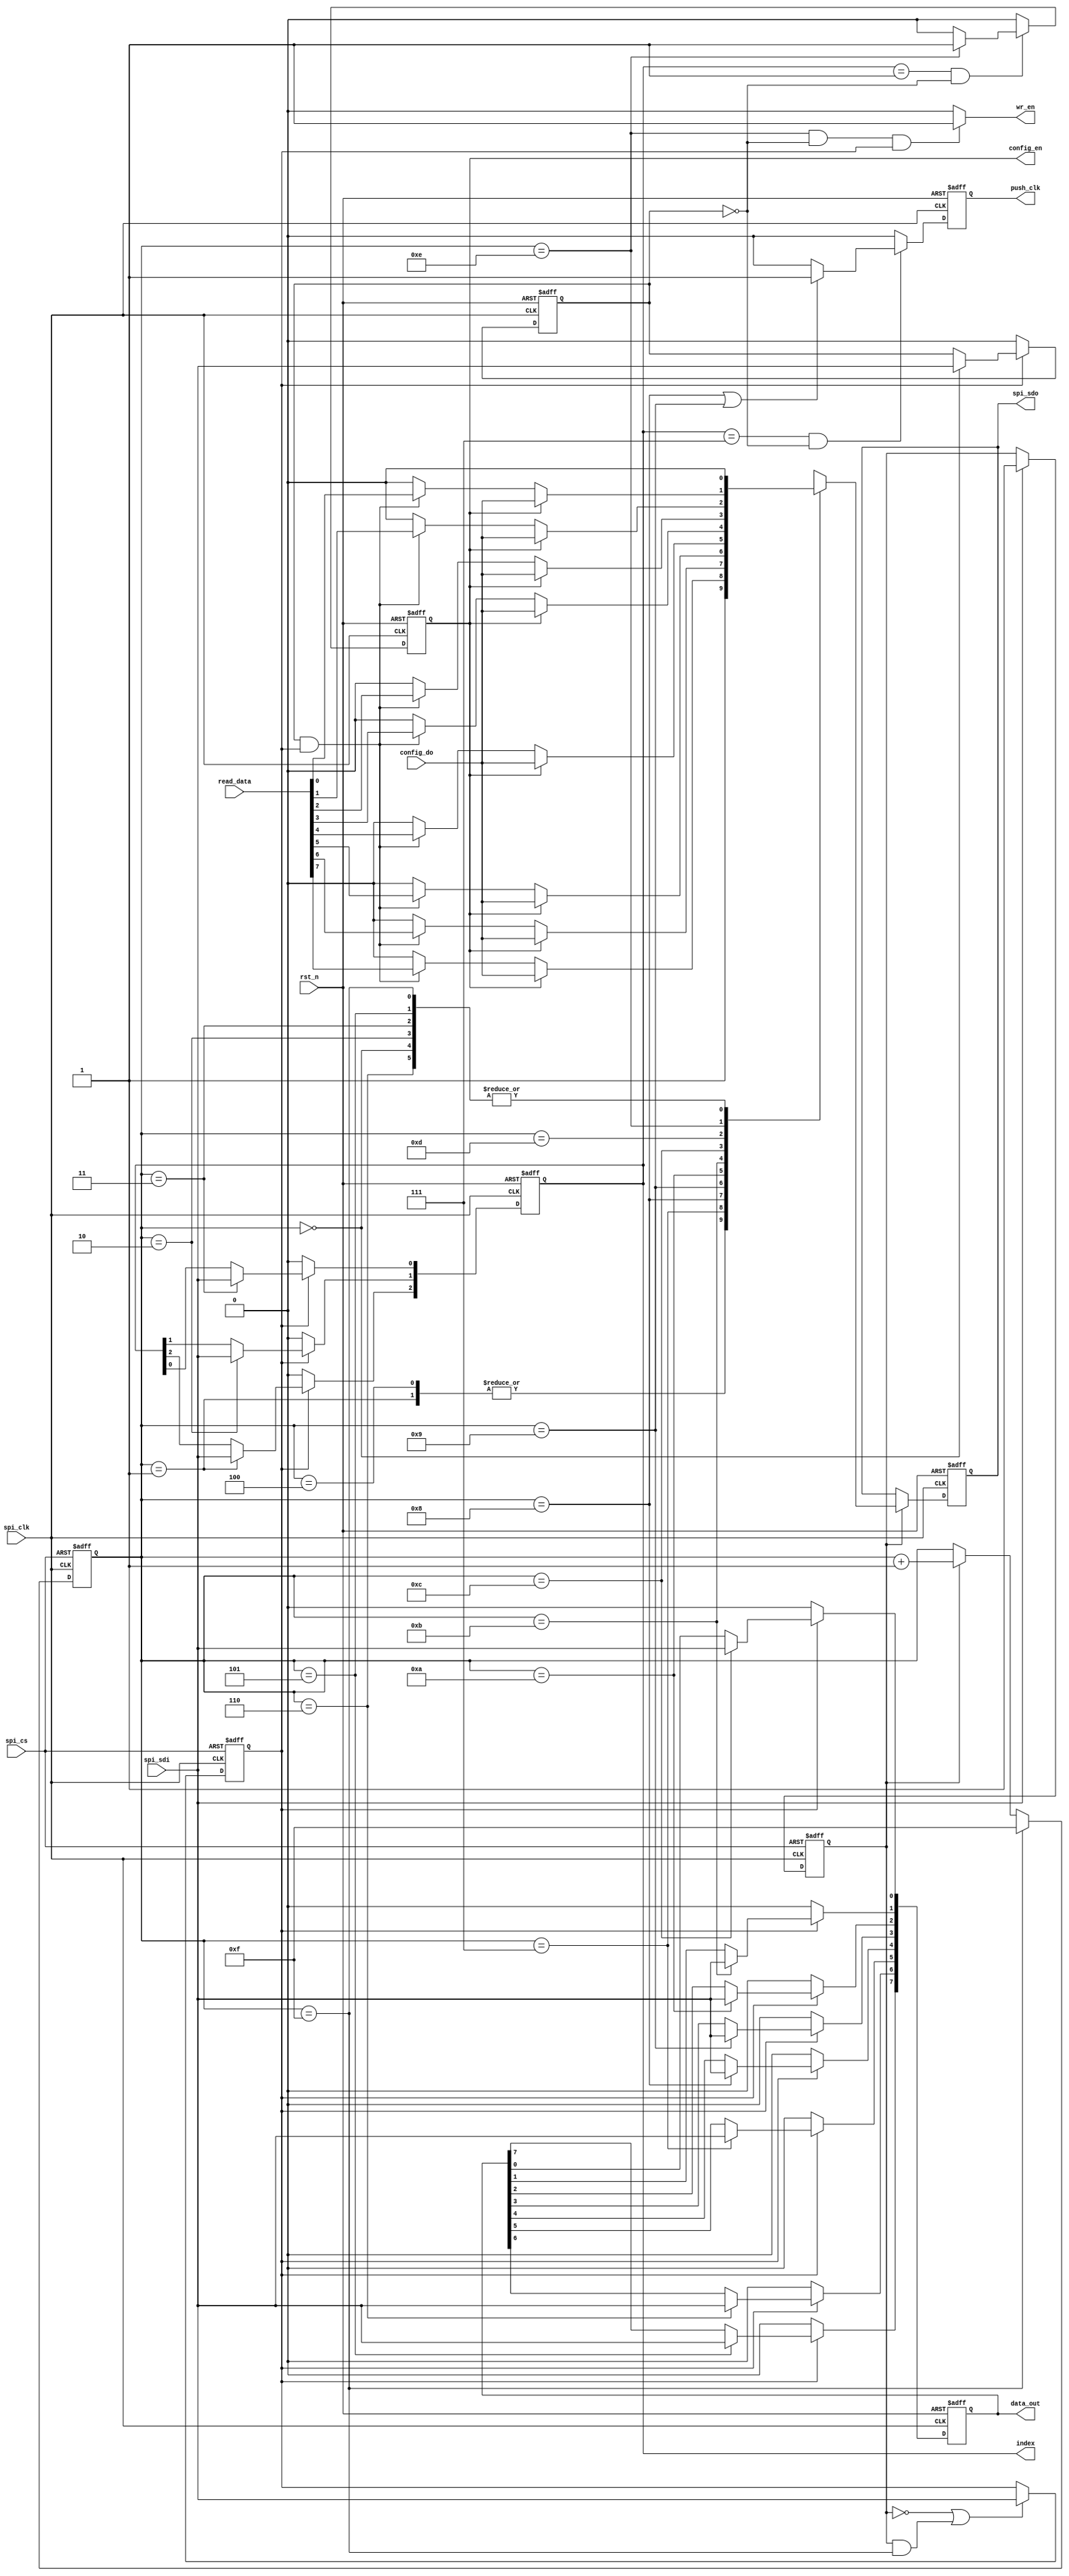
//spi
module spi_interface(
		rst_n					,
		spi_clk					,
		spi_sdi					,//spi
		spi_cs					,//spi
		read_data				,//
		config_do				,//sdo
				
		spi_sdo					,//spi
		data_out				,//
		wr_en					,//spi8
		
		index					,//
		config_en				,//001
		push_clk				//
	);

	input rst_n;
    input spi_clk;
    input spi_sdi;
	input spi_cs;
    input [7:0] read_data;
	input config_do;
	
    output spi_sdo;
    output [7:0] data_out;
    output wr_en;
    output [2:0] index;
    output config_en;
    output push_clk;
	
	//spi_fsm_counterspispi16bit4bit
	reg [3:0] spi_fsm_counter;
	reg spi_syn_valid;//spi
	reg spi_packet_valid;//spi
	reg wr_flag;//spi01
	reg [2:0] index;
	
	reg [7:0] data_out;
	reg spi_sdo;
    wire wr_en;//
    reg config_en;//0016pixel_config6bit
    reg push_clk;
///////////////config_en//////////////////
	always @(posedge spi_clk or negedge rst_n)
		begin
			if(!rst_n)
				begin
					config_en <= 1'b0;
				end
			else
				begin
					//spi_fsm_counter == 4'b1110(index == 3'b001) && (!wr_flag)001config_en
					if((index == 3'b001) && (!wr_flag))
						begin
							if(spi_fsm_counter == 4'b1110)
								begin
									config_en <= 1'b1;
								end
							else
								begin
									config_en <= 1'b0;
								end
						end
					else
						begin
							config_en <= 1'b0; 
						end
				end 
		end
	
	//111push_clk
	always @(posedge spi_clk or negedge rst_n)
		begin
			if(!rst_n)
				begin
					push_clk <= 1'b0;
				end
			else
				begin
					if((index == 3'b111) && (!wr_flag))
						begin
							if(spi_fsm_counter == 4'b1000 | spi_fsm_counter == 4'b1001)
								begin
									push_clk <= 1'b1;
								end
							else
								begin 
									push_clk <= 1'b0;
								end
						end
					else
						begin
							push_clk <= 1'b0;
						end
				end 
		end

///////////spi fsm/////////////////////////////
	//
	always @(posedge spi_clk or posedge spi_cs)
		begin
			if(spi_cs)
				begin
					spi_syn_valid <= 1'b0;
				end
			else
				begin
					if(spi_sdi)
						begin
							spi_syn_valid <= 1'b1;
						end
					else
						begin
							spi_syn_valid <= spi_syn_valid;
						end
				end 
		end

	//spi_fsm_counter
	always @(posedge spi_clk or posedge spi_cs)
		begin
			if(spi_cs)
				begin
					spi_fsm_counter <= 4'b0000;
				end
			else
				begin
					if(spi_fsm_counter == 4'b1111)
						begin
							spi_fsm_counter <= 4'b1111;
						end
					else if(spi_syn_valid)
						begin
							spi_fsm_counter <= spi_fsm_counter + 4'b0001;
						end
					else
						begin
							spi_fsm_counter <= spi_fsm_counter;
						end
				end 
		end

	//spi_packet_valid
	always @(posedge spi_clk or posedge spi_cs)
		begin
			if(spi_cs)
				begin
					spi_packet_valid <= 1'b0;
				end
			else
				begin
					if((~spi_syn_valid) | (spi_syn_valid & (spi_fsm_counter==4'b1111)))
						begin
							spi_packet_valid <= spi_sdi;
						end
					else
						begin
							spi_packet_valid <= spi_packet_valid;
						end	
				end 
		end


/////////////spi write data path////////////////////////////
	always @(posedge spi_clk or negedge rst_n)
		begin
			if(!rst_n)
				begin
					wr_flag <= 1'b0;   
					index <= 3'b000;  
					data_out <= 8'b11111111;    
				end
			else
				begin
					if(spi_packet_valid)
						begin
							//spi_fsm_counter
							//spi_fsm_counter100
							case(spi_fsm_counter)
								4'b0000:wr_flag <= spi_sdi;
								4'b0001:index[2] <= spi_sdi;
								4'b0010:index[1] <= spi_sdi;
								4'b0011:index[0] <= spi_sdi;
								4'b0101:data_out[7] <= spi_sdi;
								4'b0110:data_out[6] <= spi_sdi;
								4'b0111:data_out[5] <= spi_sdi;
								4'b1000:data_out[4] <= spi_sdi;
								4'b1001:data_out[3] <= spi_sdi;
								4'b1010:data_out[2] <= spi_sdi;
								4'b1011:data_out[1] <= spi_sdi;
								4'b1100:data_out[0] <= spi_sdi;
								default :
									begin
										wr_flag <= wr_flag;   
										index <= index;  
										data_out <= data_out; 
									end 
							endcase
						end 
					else
						begin
							wr_flag <= 1'b0;   
							index <= 1'b0;  
							data_out <= 1'b0; 
						end
				end
		end

//wr_en
assign wr_en = ((spi_fsm_counter == 4'b1110) & (!wr_flag) & spi_packet_valid) ? 1'b1 :1'b0;

//assign spi_sdo_oen = ~spi_cs;
///////////////////spi read data path////////////////////////////////////////////////////
  
always @(posedge spi_clk or negedge rst_n)
	begin
		if(!rst_n)
			begin
				spi_sdo <= 1'b0;
			end
		else if(spi_syn_valid)
			begin
				case(spi_fsm_counter)
					4'b0000:spi_sdo <= 1'b0;
					4'b0001:spi_sdo <= 1'b1;
					4'b0010:spi_sdo <= 1'b0;
					4'b0011:spi_sdo <= 1'b0;
					4'b0100:spi_sdo <= 1'b1;
					4'b0101:spi_sdo <= 1'b0; 
					4'b0110:spi_sdo <= 1'b0;
					4'b0111:
						begin
							//sdopixel config1bit
							if(config_en)	
								begin
									spi_sdo <= config_do;
								end
							//
							else if(wr_flag & spi_packet_valid )
								begin
									spi_sdo <= read_data[7];
								end
							else
								begin
									spi_sdo <= 1'b0;
								end
						end
					4'b1000:
						begin
							if(config_en)	
								begin
									spi_sdo <= config_do;
								end
							else if(wr_flag & spi_packet_valid )
								begin
									spi_sdo <= read_data[6];
								end
							else
								begin
									spi_sdo <= 1'b0;
								end
						end
					4'b1001:
						begin
							if(config_en)	
								begin
									spi_sdo <= config_do;
								end
							else if(wr_flag & spi_packet_valid )
								begin
									spi_sdo <= read_data[5];
								end
							else
								begin
									spi_sdo <= 1'b0;
								end
						end
					4'b1010:
						begin
							if(config_en)	
								begin
									spi_sdo <= config_do;
								end
							else if(wr_flag & spi_packet_valid )
								begin
									spi_sdo <= read_data[4];
								end
							else
								begin
									spi_sdo <= 1'b0;
								end
						end
					4'b1011:
						begin
							if(config_en)	
								begin
									spi_sdo <= config_do;
								end
							else if(wr_flag & spi_packet_valid )
								begin
									spi_sdo <= read_data[3];
								end
							else
								begin
									spi_sdo <= 1'b0;
								end
						end
					4'b1100:
						begin
							if(config_en)	
								begin
									spi_sdo <= config_do;
								end
							else if(wr_flag & spi_packet_valid )
								begin
									spi_sdo <= read_data[2];
								end
							else
								begin
									spi_sdo <= 1'b0;
								end
						end
					4'b1101:
						begin
							if(config_en)	
								begin
									spi_sdo <= config_do;
								end
							else if(wr_flag & spi_packet_valid )
								begin
									spi_sdo <= read_data[1];
								end
							else
								begin
									spi_sdo <= 1'b0;
								end
						end
					4'b1110:
						begin
							if(config_en)	
								begin
									spi_sdo <= config_do;
								end
							else if(wr_flag & spi_packet_valid )
								begin
									spi_sdo <= read_data[0];
								end
							else
								begin
									spi_sdo <= 1'b0;
								end
						end
					4'b1111:
						begin
							spi_sdo <= 1'b0;
						end
				endcase
			end
	end  

endmodule